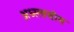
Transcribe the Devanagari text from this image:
अध्स्त्वचीय